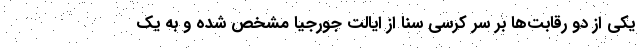
یکی از دو رقابت‌ها بر سر کرسی سنا از ایالت جورجیا مشخص شده و به یک